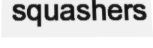
squashers